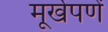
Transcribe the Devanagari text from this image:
मूर्खपणें